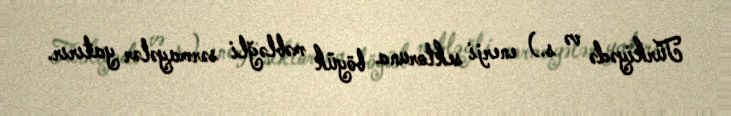
Türkiyədə və s.) enerji sektoruna böyük məbləğli sərmayələr yatırır.